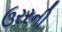
ઉરરની